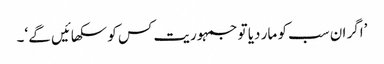
’اگر ان سب کو مار دیا تو جمہوریت کس کو سکھائیں گے ‘۔